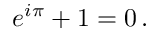
\displaystyle e ^ { i \pi } + 1 = 0 \, .